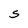
Character: S